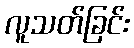
လူသတ်ခြင်း